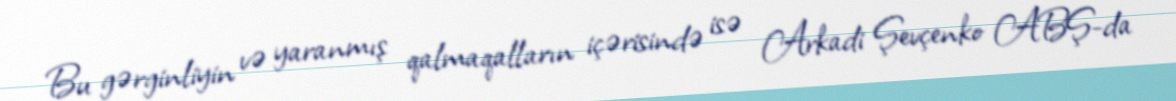
Bu gərginliyin və yaranmış qalmaqalların içərisində isə Arkadi Şevçenko ABŞ-da